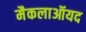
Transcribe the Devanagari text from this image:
मैकलाऑयद